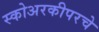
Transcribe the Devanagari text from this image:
स्कोअरकीपरचे